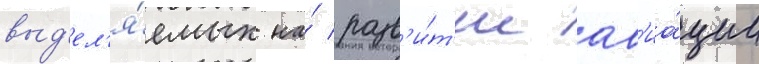
выд'ел'я́емых на́ разв'и́т'ие ав'иа́ции